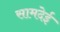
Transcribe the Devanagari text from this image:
सामदेई